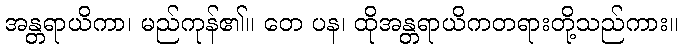
အန္တရာယိကာ၊ မည်ကုန်၏။ တေ ပန၊ ထိုအန္တရာယိကတရားတို့သည်ကား။